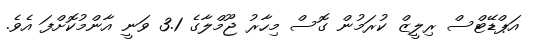
އަޕްޑޭޓްސް ރިލީޒް ކުރަމުން ގޮސް މިހާރު ޖޫމްލާގެ 3.1 ވަނީ އާންމުކޮށްފަ އެވެ.